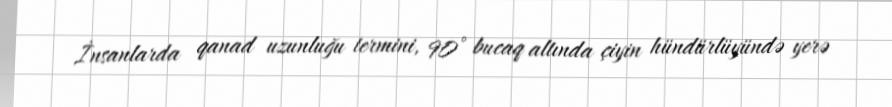
İnsanlarda qanad uzunluğu termini, 90° bucaq altında çiyin hündürlüyündə yerə